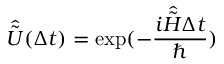
\hat { \tilde { U } } ( \Delta t ) = \exp ( - \frac { i \hat { \tilde { H } } \Delta t } { \hbar } )